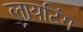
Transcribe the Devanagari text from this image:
लायटिंग